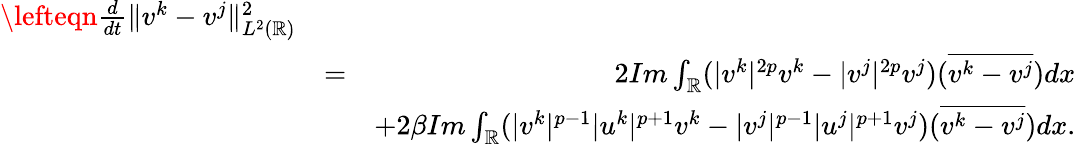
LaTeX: \begin{array}{rlr}{\lefteqn{\frac{d}{dt}\| v^{k}-v^{j}\| _{L^{2}(\mathbb{R})}^{2}}}\\ &{=}&{2Im\int_{\mathbb{R}}(|v^{k}|^{2p}v^{k}-|v^{j}|^{2p}v^{j})(\overline{{v^{k}-v^{j}}})dx}\\ &{}&{+2\beta Im\int_{\mathbb{R}}(|v^{k}|^{p-1}|u^{k}|^{p+1}v^{k}-|v^{j}|^{p-1}|u^{j}|^{p+1}v^{j})(\overline{{v^{k}-v^{j}}})dx.}\end{array}